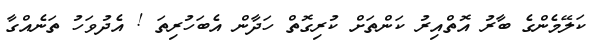
ކަލޭމެންގެ ބާރު އޮތްއިރު ކަންތަށް ކުރިގޮތް ހަދާން އެބަހުރިތަ ! އެދުވަހު ތަނެއްގާ